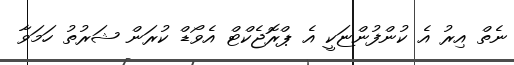
ނެތް އިރު އެ ކުންފުންޏަކީ އެ ޕްރޮޖެކްޓް އެވޯޑް ކުރަން ޝަރުތު ހަމަވާ